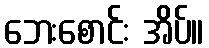
ဘေးစောင်း အိပ်။